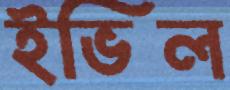
ইভিল